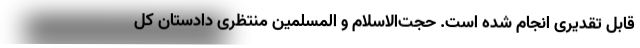
قابل تقدیری انجام شده است. حجت‌الاسلام و المسلمین منتظری دادستان کل